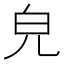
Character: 皃